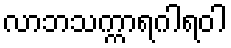
လာဘသက္ကာရဂါရဝါ